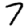
Digit: 7